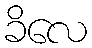
ခိလေ